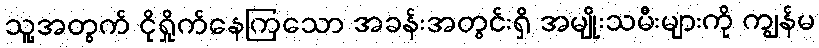
သူ့အတွက် ငိုရှိုက်နေကြသော အခန်းအတွင်းရှိ အမျိုးသမီးများကို ကျွန်မ